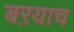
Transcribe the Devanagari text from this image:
बऱयाच